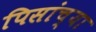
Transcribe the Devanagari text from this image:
पिसांच्या